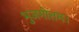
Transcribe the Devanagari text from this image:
भुजगोत्तमः।